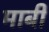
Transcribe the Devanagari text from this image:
माबी